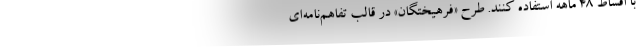
با اقساط ٤٨ ماهه استفاده کنند. طرح «فرهیختگان» در قالب تفاهم‌نامه‌ای